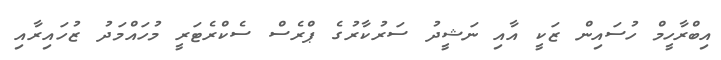
އިބްރާހީމް ހުސައިން ޒަކީ އާއި ނަޝީދު ސަރުކާރުގެ ޕްރެސް ސެކްރެޓަރީ މުހައްމަދު ޒުހައިރާއި